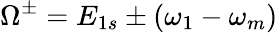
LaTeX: \Omega^{\pm}=E_{1s}\pm(\omega_{1}-\omega_{m})